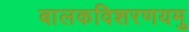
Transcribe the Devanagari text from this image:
बालकविशरणयमु